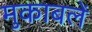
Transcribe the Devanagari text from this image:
मुकाबलें